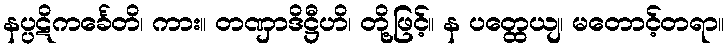
နပ္ပဋိကင်္ခေတိ၊ ကား။ တဏှာဒိဋ္ဌီဟိ၊ တို့ဖြင့်။ န ပတ္ထေယျ၊ မတောင့်တရာ။